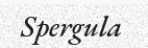
Spergula